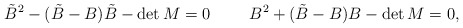
\begin{align*}\tilde{B}^2 - (\tilde{B}-B)\tilde{B} - \det M = 0 \hspace{1cm} B^2 + (\tilde{B}-B)B - \det M = 0, \\\end{align*}